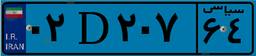
۰۲D۲۰۷۶۴